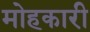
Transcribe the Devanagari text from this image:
मोहकारी